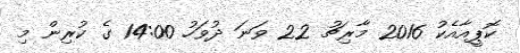
ކޮޕީއާއެކު 2016 މާރިޗު 22 ވަނަ ދުވަހު 14:00 ގެ ކުރިން މި